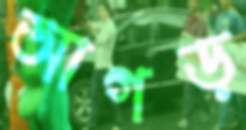
আগড়